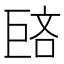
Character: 𪩥